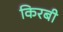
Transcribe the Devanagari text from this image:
किरबी